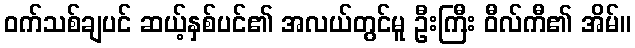
ဝက်သစ်ချပင် ဆယ့်နှစ်ပင်၏ အလယ်တွင်မူ ဦးကြီး ဝီလ်ကီ၏ အိမ်။